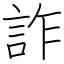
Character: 詐